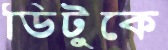
ডিটুকে